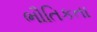
ભૌતિકતા